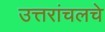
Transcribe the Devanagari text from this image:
उत्तरांचलचे